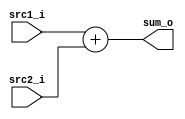
//Subject:     CO project 2 - Adder
//--------------------------------------------------------------------------------
//Version:     1
//--------------------------------------------------------------------------------
//Writer:       109550020
//----------------------------------------------
//----------------------------------------------
//Description: 
//--------------------------------------------------------------------------------
`timescale 1ns/1ps
module Adder(
    src1_i,
	src2_i,
	sum_o
	);
     
//I/O ports
input  [32-1:0]  src1_i;
input  [32-1:0]	 src2_i;
output [32-1:0]	 sum_o;

//Internal Signals
wire   [32-1:0]  sum_o;

//Parameter
    
//Main function
assign sum_o = src1_i + src2_i;

endmodule